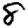
Digit: 8